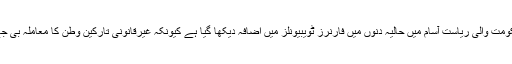
خیال رہے کہ بی جے پی کی حکومت والی ریاست آسام میں حالیہ دنوں میں فارنرز ٹویبیونلز میں اضافہ دیکھا گیا ہے کیونکہ غیرقانونی تارکین وطن کا معاملہ بی جے پی کا اہم انتخابی موضوع ہے۔